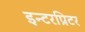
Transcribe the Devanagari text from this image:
इन्टरप्रिटर